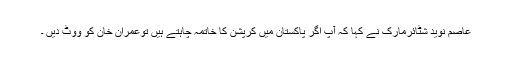
عاصم نوید شٹائرمارک نے کہا کہ آپ اگر پاکستان میں کرپشن کا خاتمہ چاہتے ہیں توعمران خان کو ووٹ دیں ۔